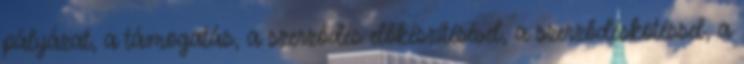
pályázat, a támogatás, a szerződés előkészítésével, a szerződéskötéssel, a